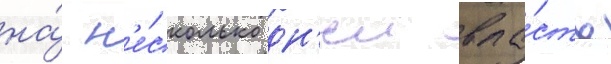
на́ н'е́сколько дн'еи вла́сть